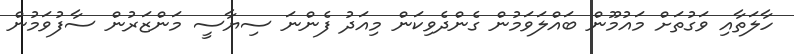
ހާލަތާއި ވަގުތަށް މައުމޫން ބައްލަވަމުން ގެންދެވިކަން މިއަދު ފެންނަ ސިޔާސީ މަންޒަރުން ސާފުވަމުން